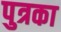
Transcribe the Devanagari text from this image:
पुत्रका